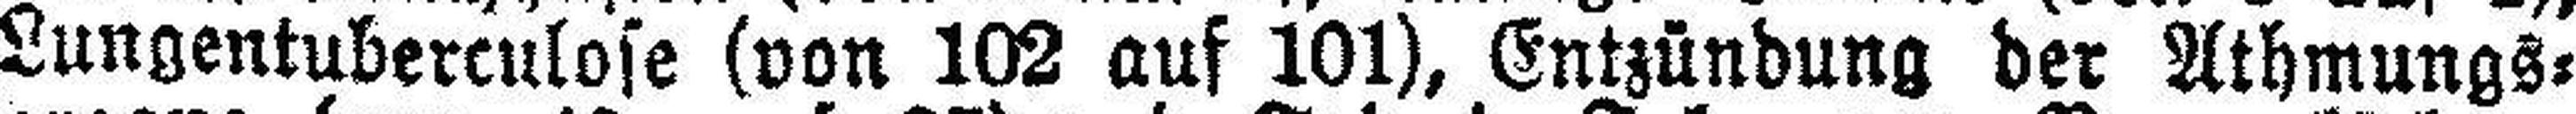
Lungentuberculose (von 102 auf 101), Entzündung der Athmungs¬